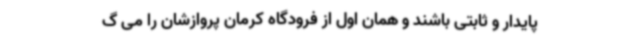
پایدار و ثابتی باشند و همان اول از فرودگاه کرمان پروازشان را می گ